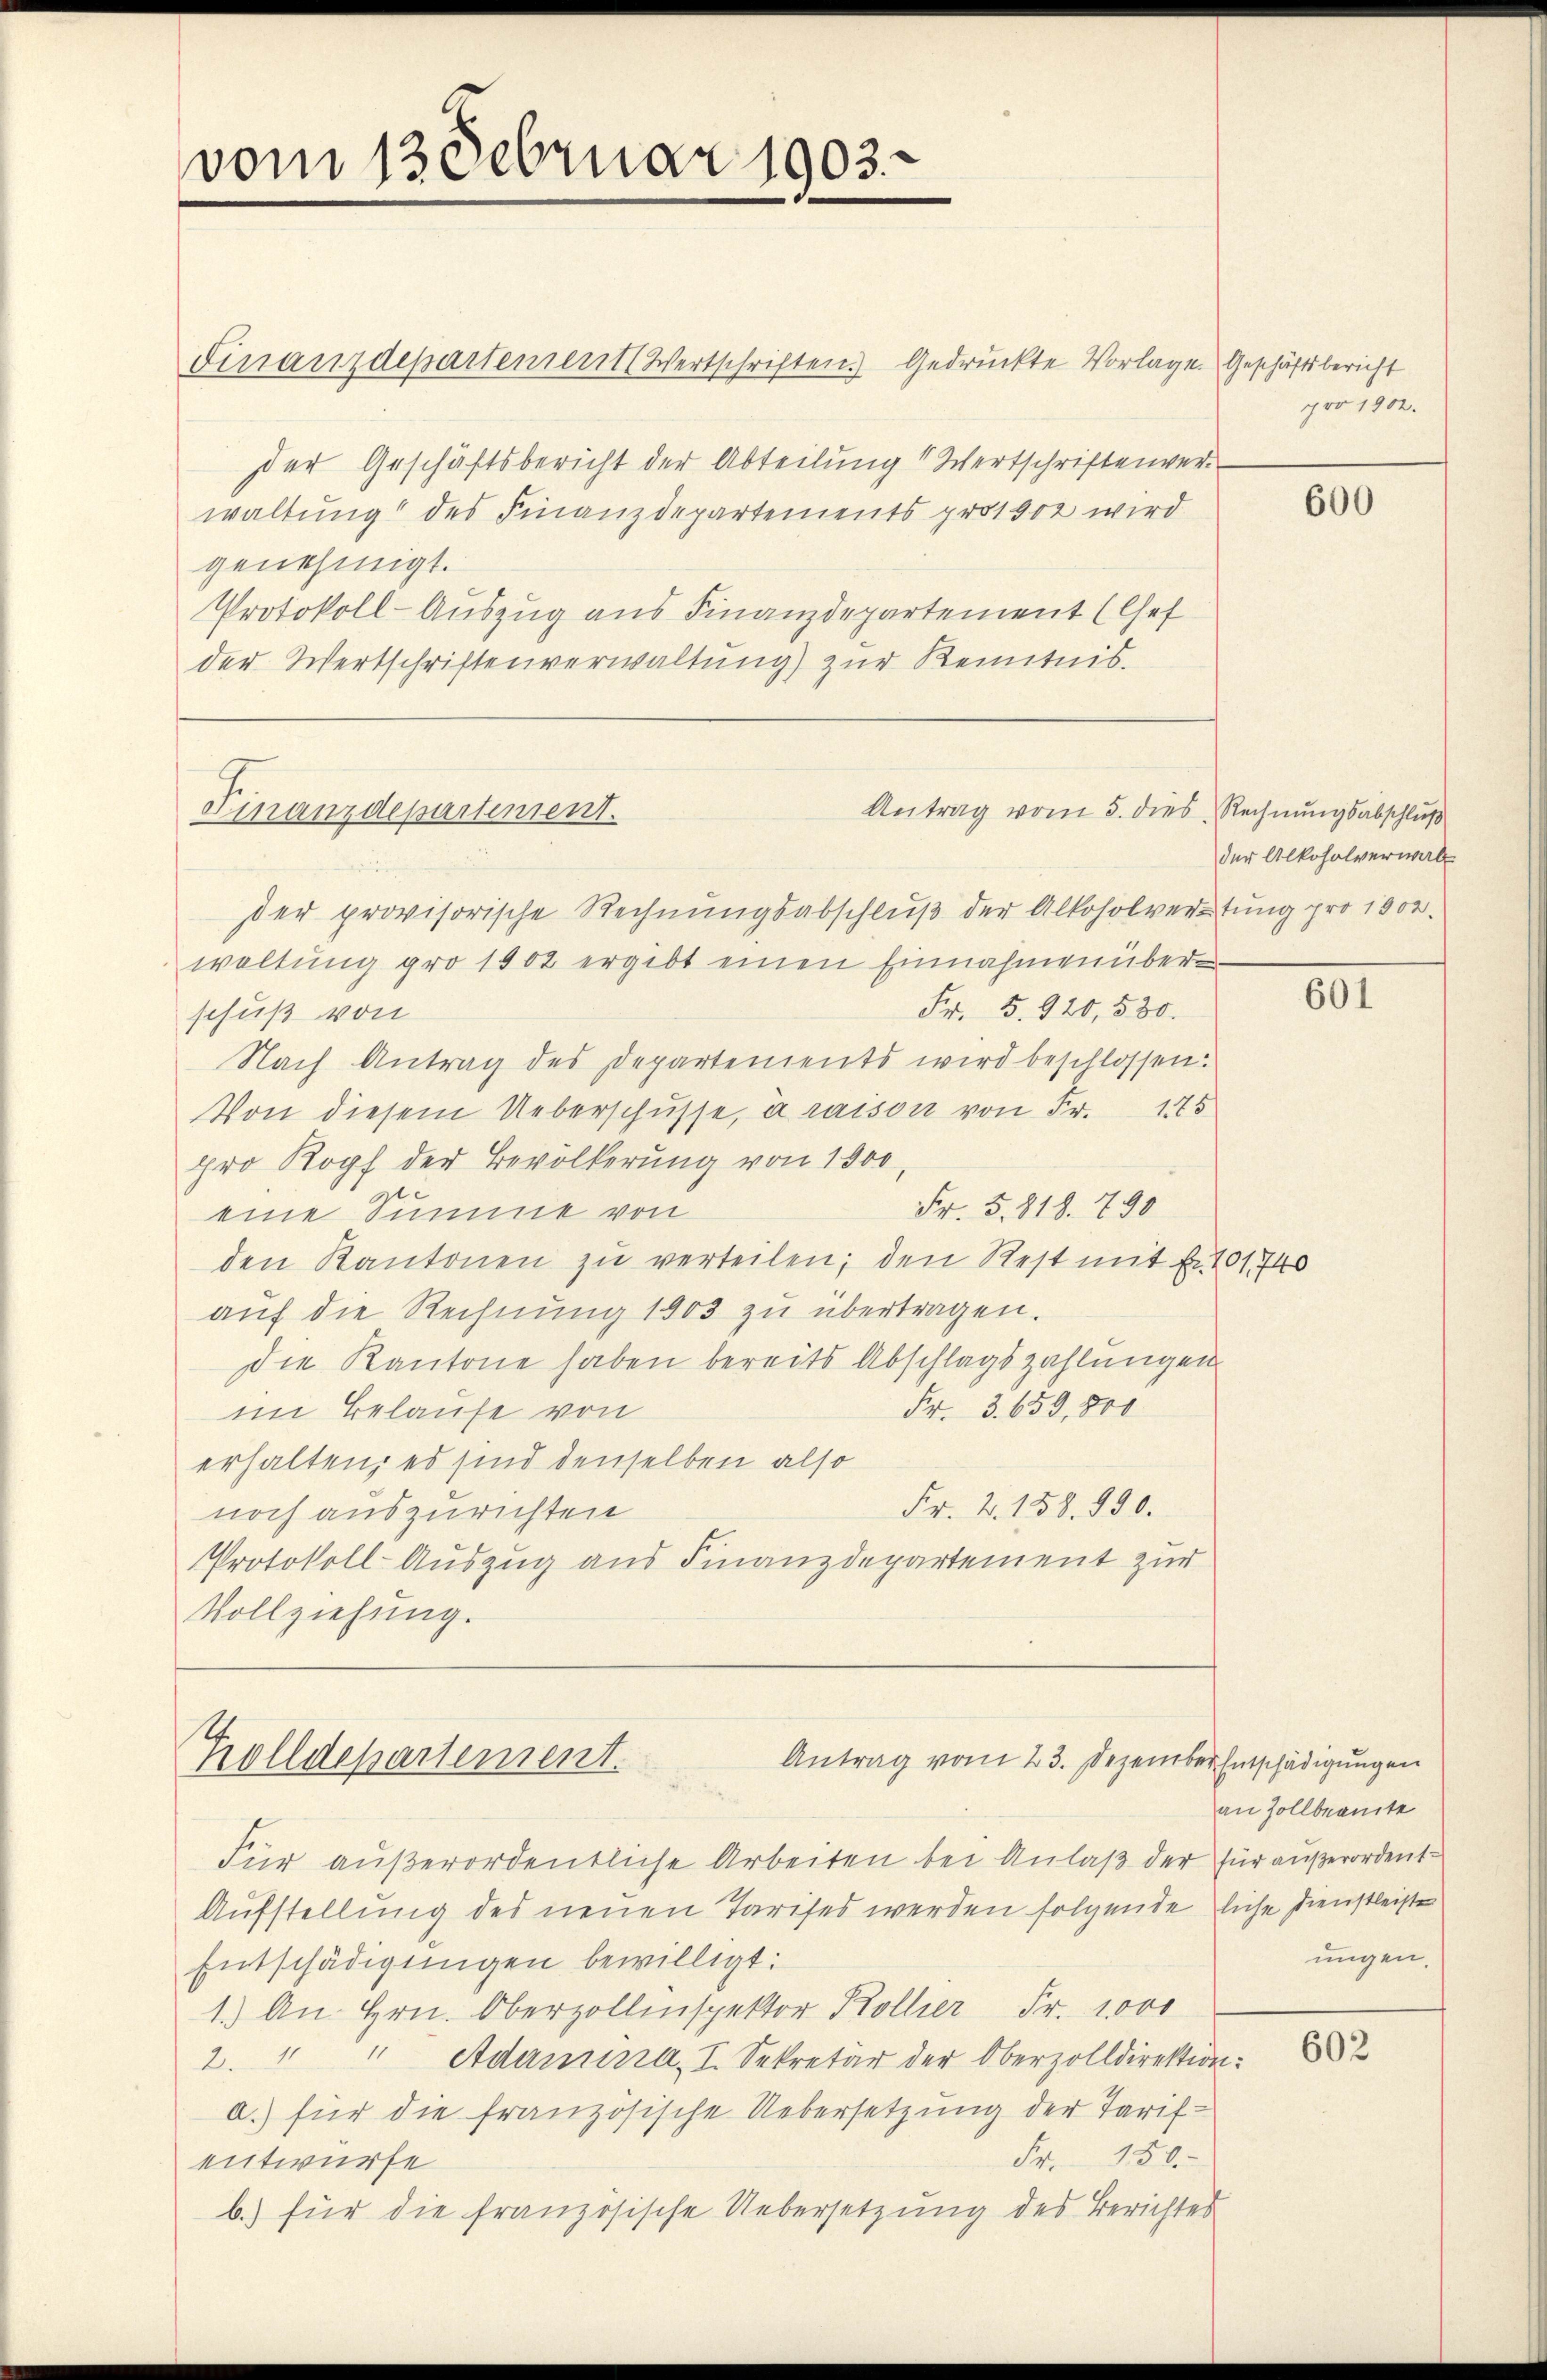
vom 13 Februar 1903.

Finanzdepartement (Wertschriften Gedrückte Vorlage. Geschäftsbericht
der Geschäftsbericht der Abteilung 1 Wertschriftenverwaltung des Finanzdepartements pro 1900 wird
genehmigt.
Protokoll-Auszug aus Finanzdepartement (Chef
der Wertschriftenverwaltung) zur Kenntnis.

Finanzdepartement.

Antrag vom 5. dies Rechnungsabschluß

der provisorische Rechnungsabschluß der Alkoholvertung pro 1800.
waltŭng pro 1902 ergibt einen Einnahmen über¬
Fr. 5. 920, 530.
schuß von
Nach Antrag des Departements wird beschlossen:
Von diesem Ueberschüsse, à raison von Fr. 175
pro Kopf der Bevölkerung von 1500,
Fr. 5. 818. 790
eine Summe von
den Kantonen zŭ verteilen; den Rest mit Fr. 101740
auf die Rechnung 1903 zu übertragen.
Die Kantone haben bereits Abschlagszahlungen
Fr. 3. 659,800
im Belaufe von
erhalten, es sind denselben also
Fr. 2. 158. 990.
noch auszurichten
Protokoll-Auszug aus Finanzdepartement zur
Vollziehung.

Antrag vom 23. Dezember Entschädigungen
Trolldepartement.

pro 1902.

Für außerordentliche Arbeiten bei Anlaß der für außerordent¬
Aufstellung des neuen Tarifes werden folgende liche Dienstleiste
Entschädigungen bewilligt:
1.) An Hrn. Oberzollinspektor Koller Fr. 1000
2. " " Adamina, I. Sekretär der Oberzolldirektion:
a.) für die französische Uebersetzung der Tarif¬
Fr. 150.
entwurfe
b.) für die französische Uebersetzung des Berichtes

der Alkoholverwalt.

600

601

an Zollbeamte
ungen.

602